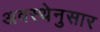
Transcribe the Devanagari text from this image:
अवस्थेनुसार